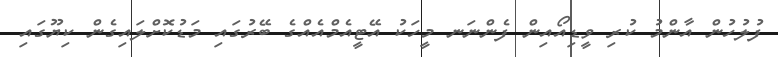
ފުލުހުން އާންމު ކުރި ވީޑިއޯއިން ފެންނަނ މީހަކު އޭޓީއެމްއެއްގެ ބޭރުގައި މަޑުކޮށްލައިގެން ކިޔޫގައި